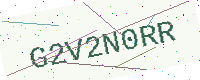
Text: G2V2N0RR